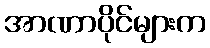
အာဏာပိုင်များက